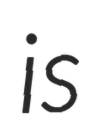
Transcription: is